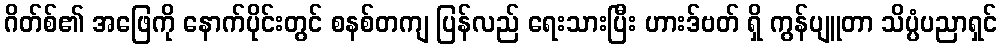
ဂိတ်စ်၏ အဖြေကို နောက်ပိုင်းတွင် စနစ်တကျ ပြန်လည် ရေးသားပြီး ဟားဒ်ဗတ် ရှိ ကွန်ပျူတာ သိပ္ပံပညာရှင်